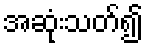
အဆုံးသတ်၍